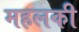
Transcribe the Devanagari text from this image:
महलकी